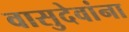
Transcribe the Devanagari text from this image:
वासुदेवांना